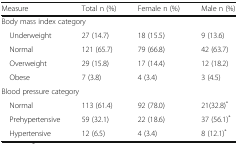
<table><thead><tr><td><b>Measure</b></td><td><b>Total n (%)</b></td><td><b>Female n (%)</b></td><td><b>Male n (%)</b></td></tr></thead><tbody><tr><td colspan="4">Body mass index category</td></tr><tr><td> Underweight</td><td>27 (14.7)</td><td>18 (15.5)</td><td>9 (13.6)</td></tr><tr><td> Normal</td><td>121 (65.7)</td><td>79 (66.8)</td><td>42 (63.7)</td></tr><tr><td> Overweight</td><td>29 (15.8)</td><td>17 (14.4)</td><td>12 (18.2)</td></tr><tr><td> Obese</td><td>7 (3.8)</td><td>4 (3.4)</td><td>3 (4.5)</td></tr><tr><td colspan="4">Blood pressure category</td></tr><tr><td> Normal</td><td>113 (61.4)</td><td>92 (78.0)</td><td>21(32.8)<sup>*</sup></td></tr><tr><td> Prehypertensive</td><td>59 (32.1)</td><td>22 (18.6)</td><td>37 (56.1)<sup>*</sup></td></tr><tr><td> Hypertensive</td><td>12 (6.5)</td><td>4 (3.4)</td><td>8 (12.1)<sup>*</sup></td></tr></tbody></table>